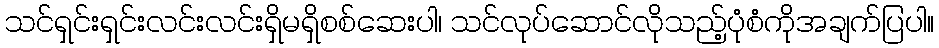
သင်ရှင်းရှင်းလင်းလင်းရှိမရှိစစ်ဆေးပါ၊ သင်လုပ်ဆောင်လိုသည့်ပုံစံကိုအချက်ပြပါ။